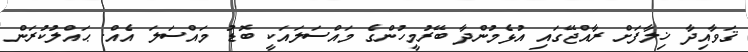
ޤަވާއިދާ ޚިލާފަށް ރާއްޖޭގައި އުޅެމުންދާ ބޭރުމީހުންގެ މައްސަލައަކީ ބޮޑު މައްސަލަ އެއް. ޙައްލުކުރަން